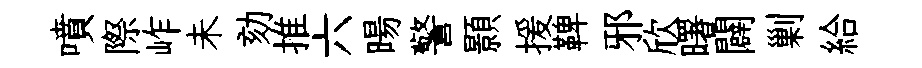
噴際岞未劾推六暘警顥援鞞邪欣曙闢剿給